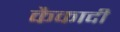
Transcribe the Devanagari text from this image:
कैकादी